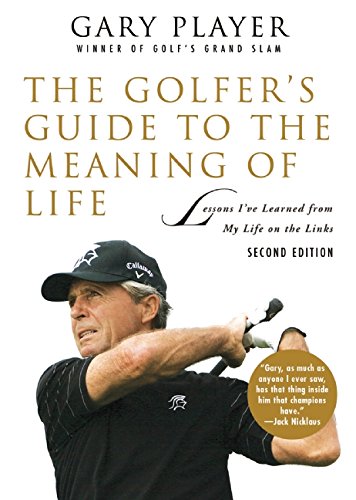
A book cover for The Golfer's Guide to the Meaning of Life: Lessons IEEve Learned from My Life on the Links (Guides to the Meaning of Life); Gary Player; Biographies & Memoirs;